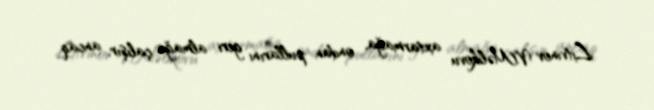
Litvinov V.Məlikovu axtarmağa, ondan pullarını geri almağa çalışır, ancaq